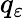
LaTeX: q_{\varepsilon}